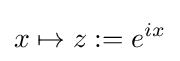
x\mapsto z:=e^{ix}